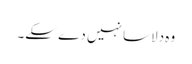
وہ دلاسا نہیں دے سکے۔